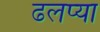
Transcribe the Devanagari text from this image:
ढलप्या